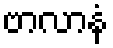
ဗာလာနံ